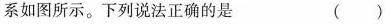
系如图所示。下列说法正确的是 ( )